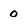
Character: 0